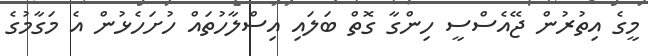
މީގެ އިތުރުން ޖޭއެސްސީ ހިންގާ ގޮތް ބަލައި އިސްލާހުތައް ހުށަހެޅުން އެ މަގާމުގެ